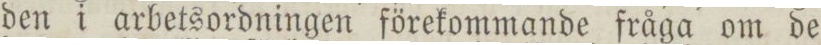
den i arbetsordningen förekommande fråga om de